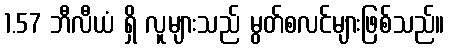
1.57 ဘီလီယံ ရှိ လူများသည် မွတ်စလင်များဖြစ်သည်။